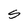
Character: S